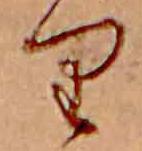
り